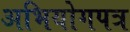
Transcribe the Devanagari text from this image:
अभियोगपत्र